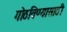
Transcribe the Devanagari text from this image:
गोठविण्यासाठी